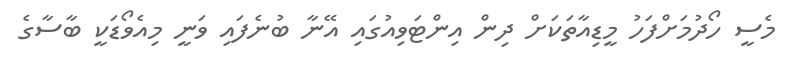
މެސީ ހޯދުމަށްފަހު މީޑިއާތަކަށް ދިން އިންޓަވިއުގައި އޭނާ ބުނެފައި ވަނީ މިއެވޯޑަކީ ބާސާގެ